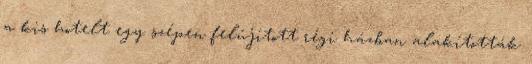
a kis hotelt egy szépen felújított régi házban alakították